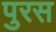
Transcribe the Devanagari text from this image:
पुरस